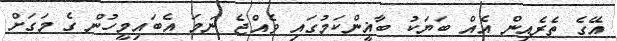
އޭގެ ތެރެއިން އެއް ބަޔަކު ބާޣީންކަމުގައި ވެއްޖެ ނަމަ އެބައިމީހުން ގެ މަގަށް